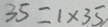
3 5 = 1 \times 3 5